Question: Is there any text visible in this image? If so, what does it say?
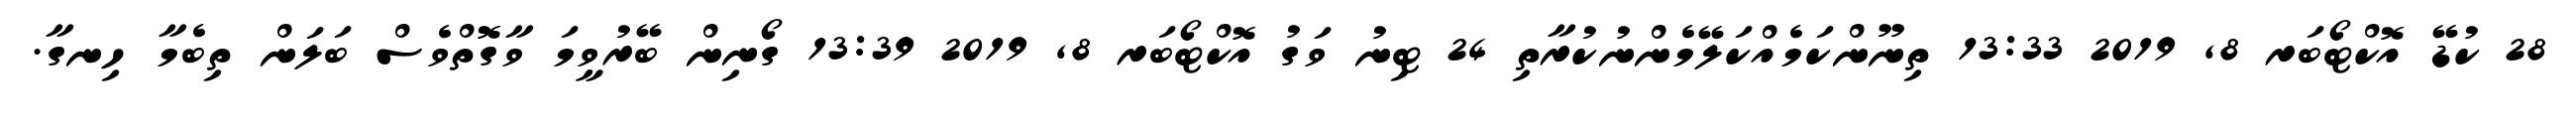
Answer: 28 ކުޑޭ އޮކްޓޯބަރ 8, 2019 13:33 ތިނޫންކަމެއްކަލޭމެންނުކުރާތި 24 ޓިނު ވަގު އޮކްޓޯބަރ 8, 2019 13:39 ގޯނިން ބޭރުވީމަ ވާގޮތްވެސް ބަލަން ތިބެމާ ހިނގާ.